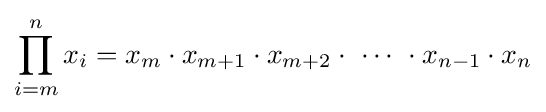
\prod _{i=m}^{n}x_{i}=x_{m}\cdot x_{m+1}\cdot x_{m+2}\cdot \,\,\cdots \,\,\cdot x_{n-1}\cdot x_{n}